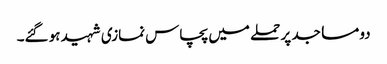
دو مساجد پر حملے میں پچاس نمازی شہید ہو گئے۔